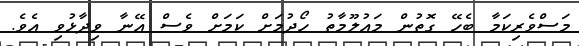
މަސްވެރިކަމާ ބެހޭ ގޮތުން މައުލޫމާތު ހޯދުމަށް ކަމަށް ވެސް އޭނާ ވިދާޅުވި އެވެ.